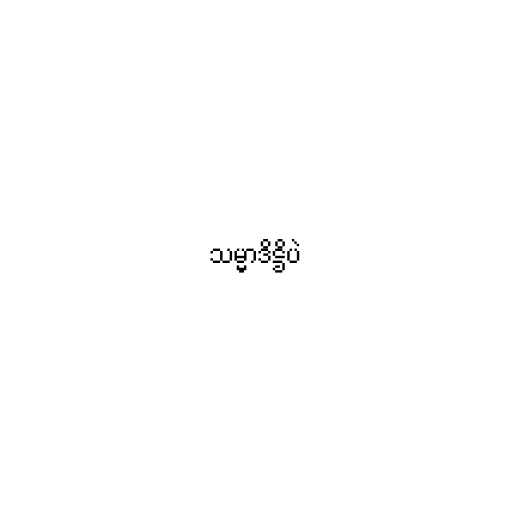
သမ္မာဒိဋ္ဌိပဲ